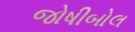
જોષીબોલ